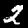
Digit: 2